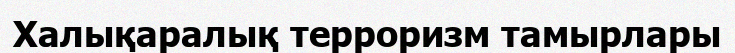
Халықаралық терроризм тамырлары